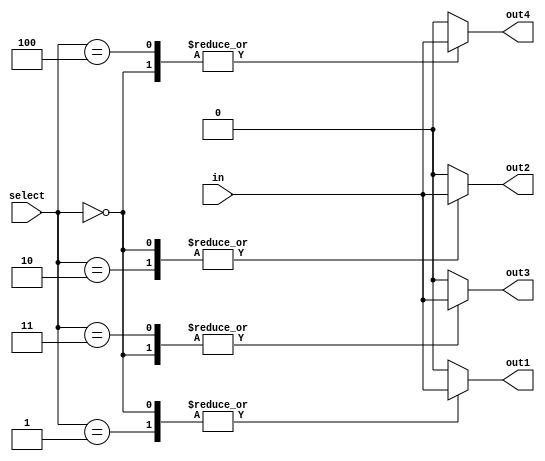
module demux_1_to_4 (
    input wire in,
    input wire [2:0] select,
    output reg out1,
    output reg out2,
    output reg out3,
    output reg out4
);

always @(*)
begin
    case(select)
        3'b000: begin
            out1 = in;
            out2 = in;
            out3 = in;
            out4 = in;
        end
        3'b001: begin
            out1 = in;
            out2 = 1'b0;
            out3 = 1'b0;
            out4 = 1'b0;
        end
        3'b010: begin
            out1 = 1'b0;
            out2 = in;
            out3 = 1'b0;
            out4 = 1'b0;
        end
        3'b011: begin
            out1 = 1'b0;
            out2 = 1'b0;
            out3 = in;
            out4 = 1'b0;
        end
        3'b100: begin
            out1 = 1'b0;
            out2 = 1'b0;
            out3 = 1'b0;
            out4 = in;
        end
        default: begin
            out1 = 1'b0;
            out2 = 1'b0;
            out3 = 1'b0;
            out4 = 1'b0;
        end
    endcase
end

endmodule